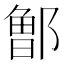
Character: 𰻹